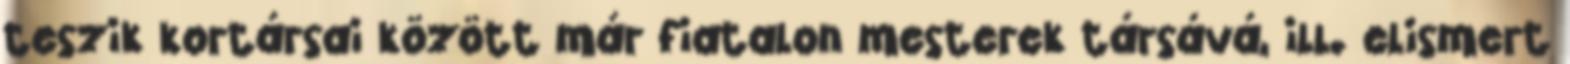
teszik kortársai között már fiatalon mesterek társává, ill. elismert